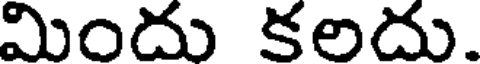
మిందు కలదు.